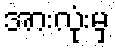
အားလုံးမှ